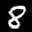
Label: 8